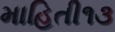
માહિતી૧૩